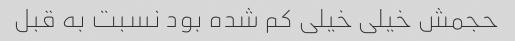
حجمش خیلی خیلی کم شده بود نسبت به قبل